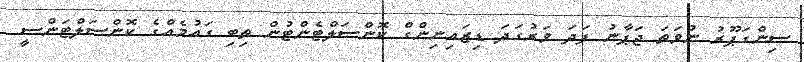
ސިންގަޕޫރު ނުވަތަ ޖަޕާނު ފަދަ ވަރުގަދަ ޑިޒައިނިންގް ކޮންސަލްޓެންޓުން ތިބި ގައުމެއްގެ ކޮންސަލްޓަންސީ